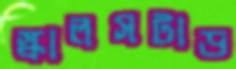
স্কালসটাড